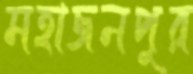
মহাজনপুর